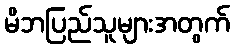
မိဘပြည်သူများအတွက်